Civil Veterinary Department Bihar & Orissa reports 1922-29 - 1922-1929
Year: 1922
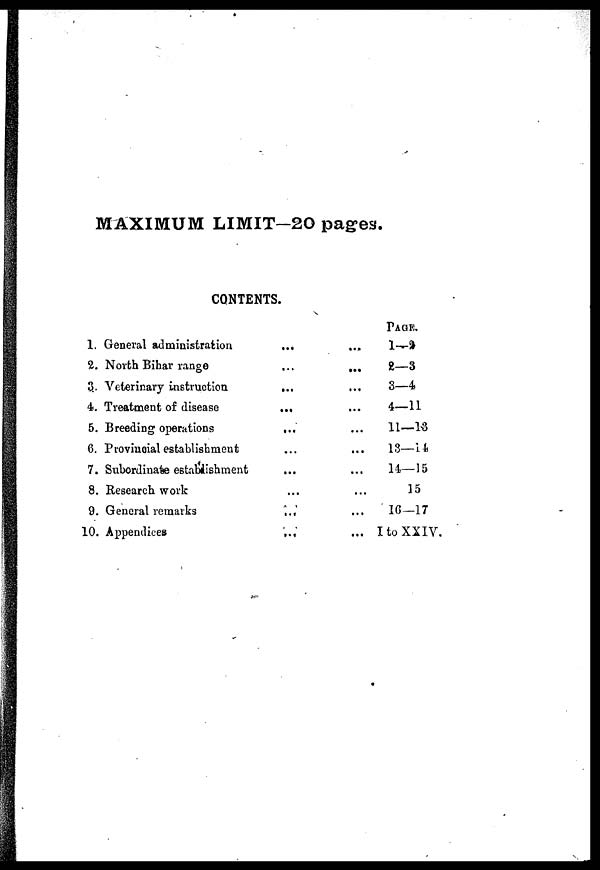
MAXIMUM LIMIT-20 pages.
CONTENTS.
1.
2.
3..
4.
B.
6.
7.
8.
9.
10.
General administration
North Bihar range
Veterinary instruction
Treatment of disease
Breeding operations
Provincial establishment
Subordinate establishment
Research work
General remarks
Appendices
...
...
...
...
...
...
...
...
...
...
...
...
...
...
...
...
...
...
...
...
PAGE.
1—2
2—3
3—4
4—11
11—13
13—14
14—15
15
16—17
I to XXIV.